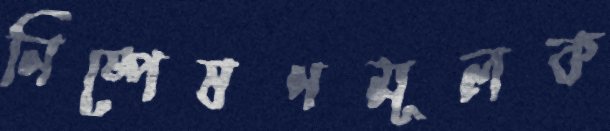
নিষ্পেষণমূলক